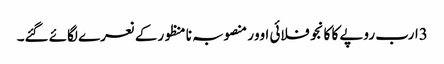
3ارب روپے کا کانجو فلائی اوور منصوبہ نا منظورکے نعرے لگائے گئے۔